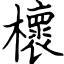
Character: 櫰